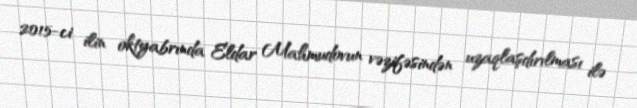
2015-ci ilin oktyabrında Eldar Mahmudovun vəzifəsindən uzaqlaşdırılması ilə